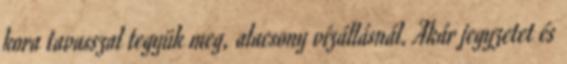
kora tavasszal tegyük meg, alacsony vízállásnál. Akár jegyzetet és